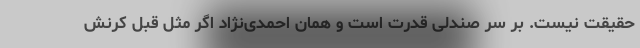
حقیقت نیست. بر سر صندلی قدرت است و همان احمدی‌نژاد اگر مثل قبل کُرنش